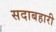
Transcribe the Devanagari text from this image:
सदाबहारी